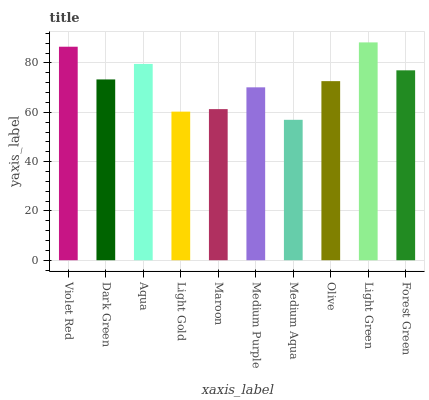
| xaxis_label | bars |
 | --- | --- |
 | Violet Red | 86.6 |
 | Dark Green | 73.3 |
 | Aqua | 79.6 |
 | Light Gold | 60.3 |
 | Maroon | 61.3 |
 | Medium Purple | 70.1 |
 | Medium Aqua | 56.9 |
 | Olive | 72.6 |
 | Light Green | 88.3 |
 | Forest Green | 77 |